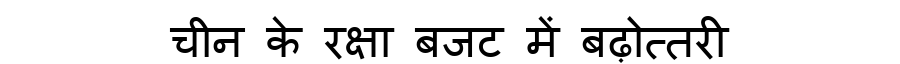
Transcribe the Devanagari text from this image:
चीन के रक्षा बजट में बढ़ोत्तरी